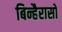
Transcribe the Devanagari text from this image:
बिन्हैरासो